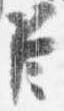
臣